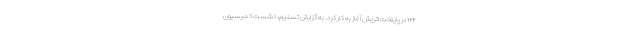
۱+۴ در پایتخت اتریش آغاز به کار کرد. به گزارش تسنیم، نشست کمیسیون